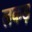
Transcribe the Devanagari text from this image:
लकड़